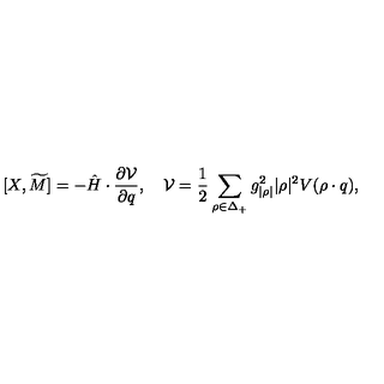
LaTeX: [ X , \widetilde { M } ] = - \hat { H } \cdot { \frac { \partial { \cal V } } { \partial q } } , \quad { \cal V } = { \frac { 1 } { 2 } } \sum _ { \rho \in \Delta _ { + } } { g _ { | \rho | } ^ { 2 } | \rho | ^ { 2 } } V ( \rho \cdot q ) ,